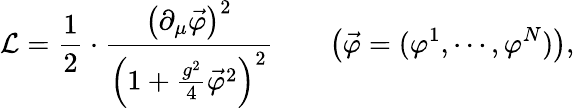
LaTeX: {\cal L}=\frac{1}{2}\cdot\frac{\left(\partial_{\mu}\vec{\varphi}\right)^{2}}{\left(1+\frac{g^{2}}{4}\vec{\varphi}^{2}\right)^{2}}\qquad\left(\vec{\varphi}=(\varphi^{1},\cdots,\varphi^{N})\right),